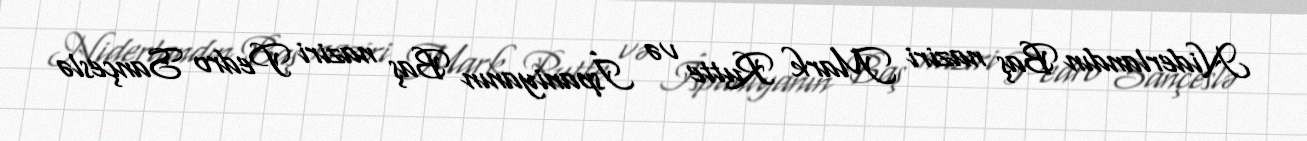
Niderlandın Baş naziri Mark Rutte və İspaniyanın Baş naziri Pedro Sançeslə